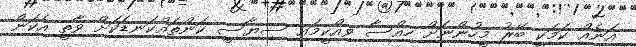
އަނެއް ކަމަކީ ބޭރު މީހުންނަށް ހިއްސާ ވިއްކީމައި ސިޔާސީ ކަންތައްކަނޑަކަށް ވާތީ އެކަން